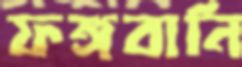
ফঙ্গবানি